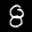
Label: 8